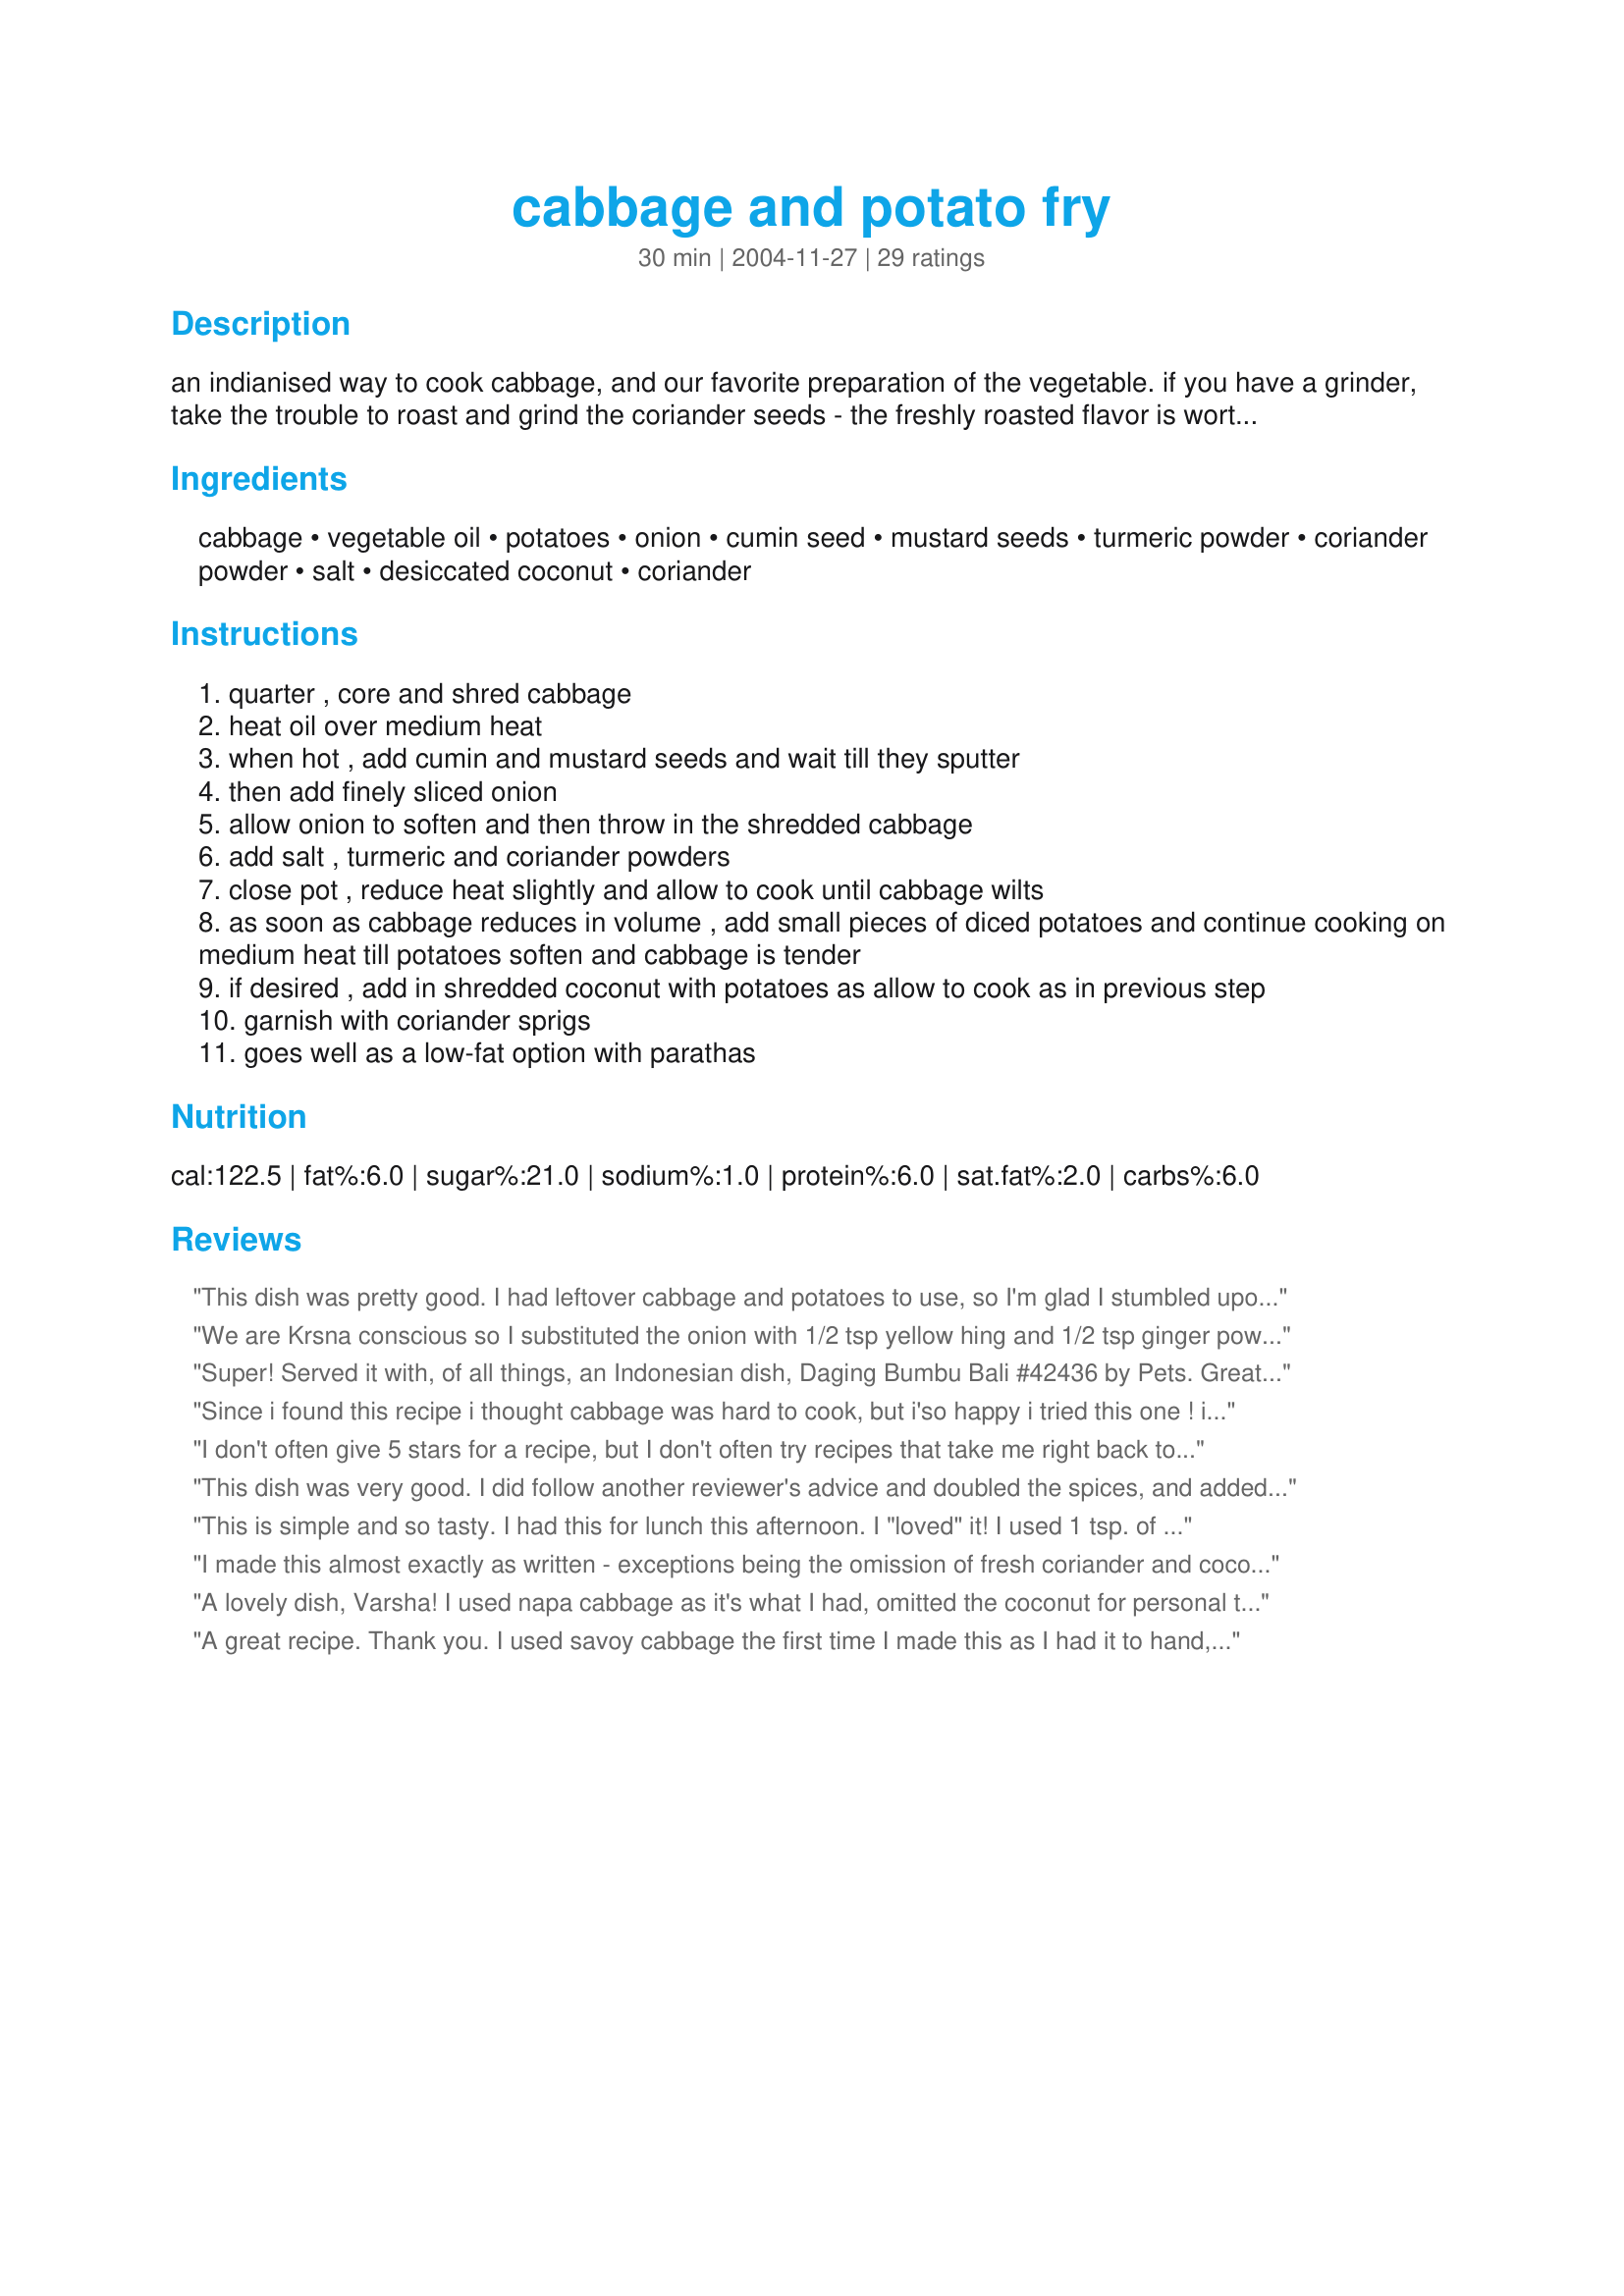
cabbage and potato fry
Preparation time: 30 minutes

an indianised way to cook cabbage, and our favorite preparation of the vegetable. if you have a grinder, take the trouble to roast and grind the coriander seeds - the freshly roasted flavor is worth the effort.

Ingredients:
cabbage, vegetable oil, potatoes, onion, cumin seed, mustard seeds, turmeric powder, coriander powder, salt, desiccated coconut, coriander

Steps:
quarter , core and shred cabbage
heat oil over medium heat
when hot , add cumin and mustard seeds and wait till they sputter
then add finely sliced onion
allow onion to soften and then throw in the shredded cabbage
add salt , turmeric and coriander powders
close pot , reduce heat slightly and allow to cook until cabbage wilts
as soon as cabbage reduces in volume , add small pieces of diced potatoes and continue cooking on medium heat till potatoes soften and cabbage is tender
if desired , add in shredded coconut with potatoes as allow to cook as in previous step
garnish with coriander sprigs
goes well as a low-fat option with parathas

Reviews:
This dish was pretty good. I had leftover cabbage and potatoes to use, so I'm glad I stumbled upon this recipe. Next time I will double the spices as others have mentioned. Thanks.
We are Krsna conscious so I substituted the onion with 1/2 tsp yellow hing and 1/2 tsp ginger powder. Also added a tsp of brown sugar. Yum. Left out coriander. Just like mummy makes.
Super! Served it with, of all things, an Indonesian dish, Daging Bumbu Bali #42436 by Pets. Great combo! The only thing I did differently was to par-cook the cubed potato in the microwave. I added a couple of tablespoons of fresh grated coconut. Mm Mmmm.
Since i found this recipe i thought cabbage was hard to cook, but i'so happy i tried this one ! i made it yesterday, i didn't have any indian saffron, so i made without turmeric powder. I used coconut, Thank you ! i will make this again !
I don't often give 5 stars for a recipe, but I don't often try recipes that take me right back to grandma's kitchen. This is the most delicious healthy recipe ever, and SO economical. I only used one large potato, and I did add about 1/2 tsp of red chili powder. DH was really not thrilled with the idea of cabbage/potatoes for dinner, thinking it would be bland. He had seconds- now that's something!!!:) Thanks!
This dish was very good. I did follow another reviewer's advice and doubled the spices, and added a little cayenne. I also squeezed a little lemon over it at the table. Yum!
This is simple and so tasty. I had this for lunch this afternoon. I "loved" it! I used 1 tsp. of corriander powder and 1 1/2 tsps. of salt for this. This will be a regular on our table! Went very well with hot rotis. Thanks Varsha!
I made this almost exactly as written - exceptions being the omission of fresh coriander and coconut. I added more spices, as it was a bit bland, and that helped a lot. This was tasty, easy and cheap - I'll probably make it again.
A lovely dish, Varsha! I used napa cabbage as it's what I had, omitted the coconut for personal taste, but included (as always!) the coriander, and followed the remaining directions as indicated. Served with another favorite (<a href="/150739">Thai-Style Ground Beef</a>), this was a great dish sure to become a regular. Thank you so much!
A great recipe. Thank you. I used savoy cabbage the first time I made this as I had it to hand, and wouldn't reccomend it as it took forever to cook down. It was still great though and didn't stop me making it again.
I made this as stated, but doubled the spices mentioned along with adding a good handful of dessicated coconut, since I like it spicy. It is an easy to prepare, good vegetarian dish that should please any palette. Thank you for sharing.
I'm not a huge fan of cabbage but after subscribing to a weekly mixed box of fruit & veges I have had to find recipes for my growing supply of cabbage. This recipe is the best I've found yet. It's really tasty and with the addition of potatoes has more substance than most cabbage stir-fries.
I have eaten this often enough so it's about time I added my 5-stars with the rest of the reviewers. For a person who normally doesn't like cabbage which I had only ever found bland, this was a dish that got me hooked onto it. An added bonus is the nutrition-specs: it's low-cal, low-fat and zero-cholesterol.
The cumin in this dish gave it a lovely flavour, and the turmeric a lovely colour. I served this with paprika & garlic chicken & it was very tasty. I also slightly pre-cooked the potatoes before adding them to the cabbage mixture. Thank you for the lovely recipe, I think this would be even better if I had added coconut.
I didn't have the coconut on hand, but the dish was delicious without it!! Served it with a vegetarian roast and bread--yum!!
This was a tasty, relatively easy dish to make. It did feel like it was missing something though, especially the cabbage (maybe I just had too much cabbage?). I'd probably make this again. :)
For anyone that is a cabbage lover such as myself, this is a must-try recipe with just a delicious combination of spices, this recipe has tons of flavor! I omitted the cumin seeds and added some cumin powder. I served it with burgers tonight, and it was enjoyed by DH and myself, thanks for sharing Varsha, we loved it!...Kittencal:)
As i go on the endeavors of learning how to cook, I thank you very much for this recipe, it is wonderful, and my fiancee actually loved it as well, he is one hard person to please, and well needless to say, he ate every bit. 

Thank you so much!!
this recipe was good but I found it rather dry. perhaps is supposed to be like that.
Really tasty dish. I didn't have the whole seeds, so just used the powdered versions instead. Thanks! :)
This was a very delicious and simple recipe! The flavors worked really well together and the smell is amazing!
Very easy to make and provides a delicious way to add vegetables and use up cabbage. Did not add the coconut to maintain the salty/tangy flavor.
This was very good. Didnt have the seed spices on hand so I fried up the ground cumin and mustard in the oil until they were slightly darker and fragrant. Didnt have coconut so I used s splash of coconut milk. We enjoyed this, leftovers were great too!
This was an excellent dish, although we found it to be just a tad bland. Another 1/2 tsp of turmeric and a heaping teaspoon of garam masala did the trick. I also tossed two sliced carrots and a can of shredded chicken in with the potatoes, and served topped with greek yoghurt lightly spiced with coriander and cumin. With these modifications, this dish got a resounding 5 stars around the table. YUM! Thanks, this one is a keeper.
This was very good. I did not have the mustard seed, so I use powdered mustard and, in place of the tumeric and coriander, I used Penzey's Punjabi Garam Masala.

It was good the next day, maybe even a tad better.
I love cabbage and potatoes and this was a nice hearty additon to a week night meal. I thought that the spices could have been increased a little. Certainly is a healthy alternative to my mother's method of frying cabbage and potaotes up in bacon grease!
I love this type of food - very easy to put together and can add or delete ingredients to your taste and still come out delicious. I added minced garlic along with onion and instead of coconut (did not have), I added lightly beaten egg and covered the pan the last 2-3 minutes without mixing. Came out perfectly. The taste is excellent and so nutritious. Thank you eatrealfood for posting this - it's a keeper! Made for Asian Forum's India tag game March 2010.
Nice basic recipe for Indian cabbage fry, but the garam masala we always use, would take it up another notch.
My entire curry cooking repertoire consists of an almost-edible Rogan Josh so it was with some shock I learned of my services being offered for vegetarian house guests. With low confidence, I followed this recipe to the letter with the exception of tipping in a teaspoon of turmeric by mistake - and my portfolio has now doubled! A subtle and delicious flavoured dish that my South Indian party guest praised highly. An EXCELLENT recipe!
